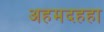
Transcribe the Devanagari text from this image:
अहमदहहा